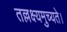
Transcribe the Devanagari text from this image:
तल्लक्ष्यमुच्यते।